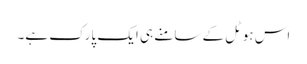
اس ہوٹل کے سامنے ہی ایک پارک ہے۔